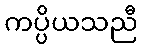
ကပ္ပိယသညီ